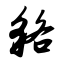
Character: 貉